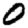
Digit: 0